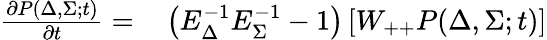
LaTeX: \begin{array}{rl}{\frac{\partial P(\Delta,\Sigma;t)}{\partial t}=}&{{}\left(E_{\Delta}^{-1}E_{\Sigma}^{-1}-1\right)\left[W_{++}P(\Delta,\Sigma;t)\right]}\end{array}